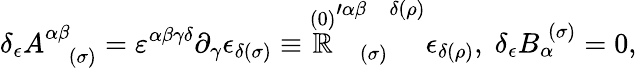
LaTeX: \delta_{\epsilon}A_{\; \; \; (\sigma)}^{\alpha\beta}=\varepsilon^{\alpha\beta\gamma\delta}\partial_{\gamma}\epsilon_{\delta(\sigma)}\equiv\stackrel{(0)}{\mathbb{R}}_{\; \; \; (\sigma)}^{\prime\alpha\beta\; \; \; \delta(\rho)}\epsilon_{\delta(\rho)},\; \delta_{\epsilon}B_{\alpha}^{\; (\sigma)}=0,